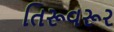
તિરૂવરૂર